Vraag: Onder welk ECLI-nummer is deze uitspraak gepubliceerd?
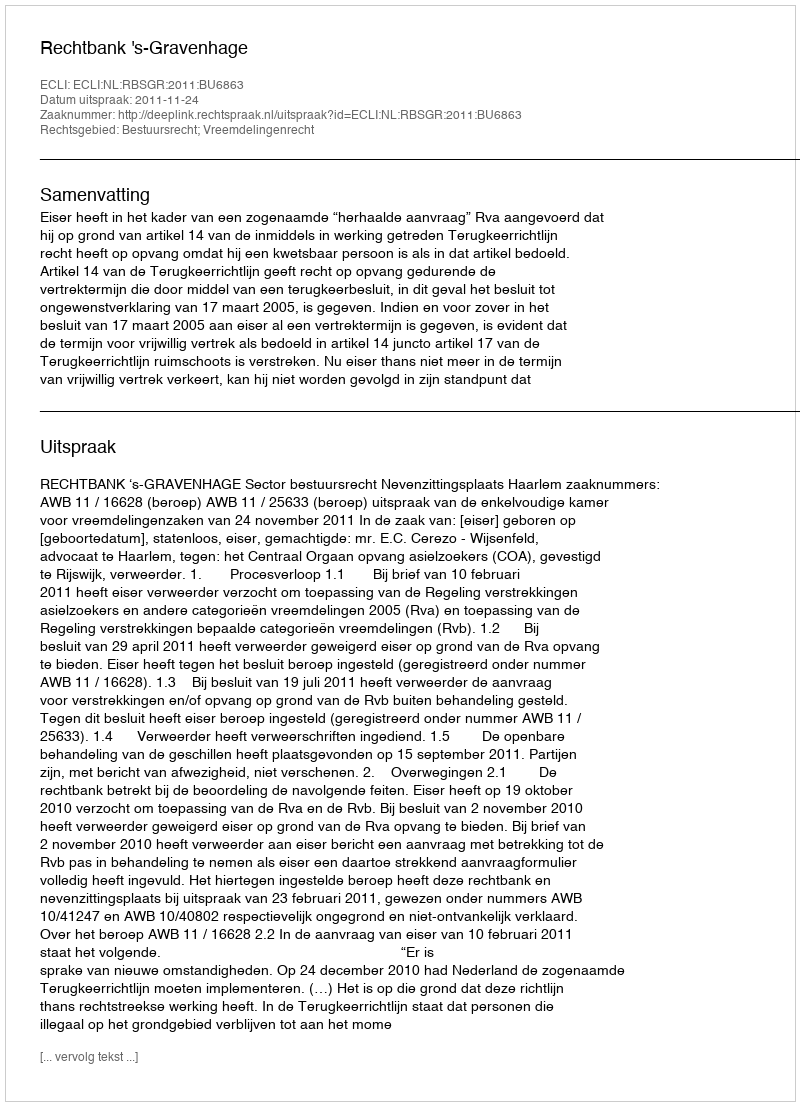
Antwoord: ECLI:NL:RBSGR:2011:BU6863